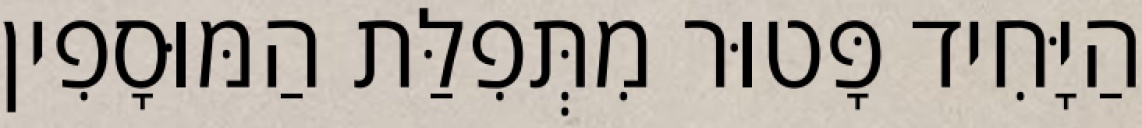
הַיָּחִיד פָּטוּר מִתְּפִלַּת הַמּוּסָפִין